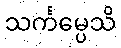
သင်္ကမ္ပေသိ